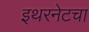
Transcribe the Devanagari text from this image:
इथरनेटचा